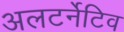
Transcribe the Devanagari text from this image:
अलटर्नेटिव